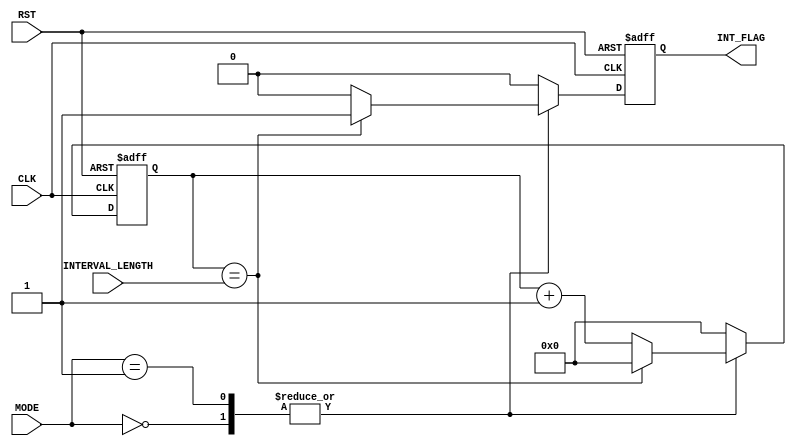
module IntervalTimerBlock (
    input wire CLK,
    input wire RST,
    input wire [15:0] INTERVAL_LENGTH,
    input wire [1:0] MODE,
    output reg INT_FLAG
);

reg [15:0] counter;

always @(posedge CLK or posedge RST) begin
    if (RST) begin
        counter <= 0;
        INT_FLAG <= 0;
    end else begin
        case(MODE)
            2'b00: begin // Single-shot mode
                if (counter == INTERVAL_LENGTH) begin
                    counter <= 0;
                    INT_FLAG <= 1;
                end else begin
                    counter <= counter + 1;
                    INT_FLAG <= 0;
                end
            end
            2'b01: begin // Continuous mode
                if (counter == INTERVAL_LENGTH) begin
                    counter <= 0;
                    INT_FLAG <= 1;
                end else begin
                    counter <= counter + 1;
                    INT_FLAG <= 0;
                end
            end
            default: begin
                counter <= 0;
                INT_FLAG <= 0;
            end
        endcase
    end
end

endmodule